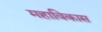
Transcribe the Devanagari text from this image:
महाविकास